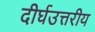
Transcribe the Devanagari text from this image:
दीर्घउत्तरीय